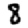
Digit: 8